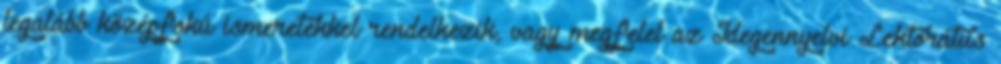
legalább középfokú ismeretekkel rendelkezik, vagy megfelel az Idegennyelvi Lektorátus